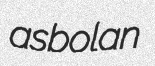
asbolan